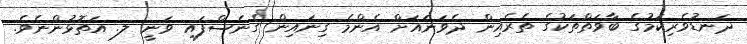
ދަނޑުވެރިކަމުގެ ބާވަތްތަކުގެ ތެރެއިން ދެވަނައަށް އެންމެ ގިނައިން ގެނެސްފައި ވަނީ ލ. އަތޮޅުންނެވެ.